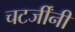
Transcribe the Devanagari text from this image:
चटर्जींनी